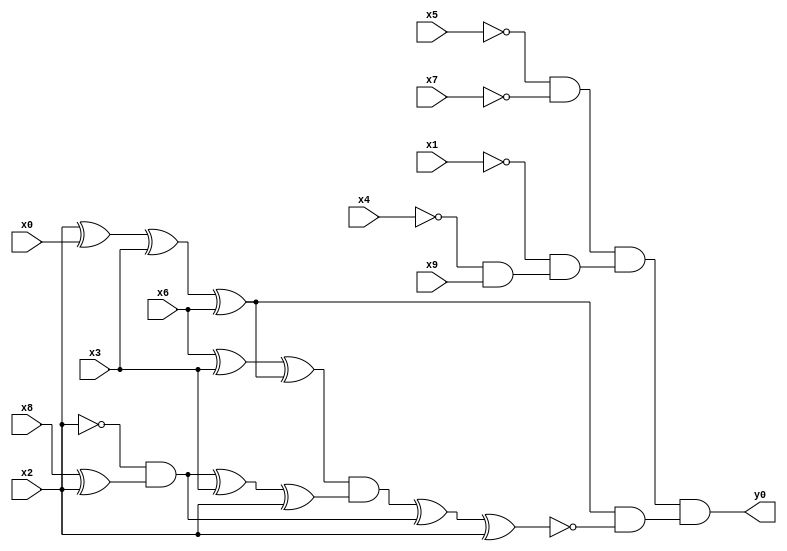
module top( x0 , x1 , x2 , x3 , x4 , x5 , x6 , x7 , x8 , x9 , y0 );
  input x0 , x1 , x2 , x3 , x4 , x5 , x6 , x7 , x8 , x9 ;
  output y0 ;
  wire n11 , n12 , n13 , n14 , n15 , n16 , n17 , n18 , n19 , n20 , n21 , n22 , n23 , n24 , n25 , n26 , n27 , n28 ;
  assign n11 = ~x5 & ~x7 ;
  assign n12 = ~x4 & x9 ;
  assign n13 = ~x1 & n12 ;
  assign n14 = n11 & n13 ;
  assign n15 = x2 ^ x0 ;
  assign n16 = n15 ^ x3 ;
  assign n17 = n16 ^ x6 ;
  assign n18 = x6 ^ x3 ;
  assign n19 = n18 ^ n17 ;
  assign n20 = x8 ^ x2 ;
  assign n21 = ~x2 & n20 ;
  assign n22 = n21 ^ x3 ;
  assign n23 = n22 ^ x2 ;
  assign n24 = n19 & n23 ;
  assign n25 = n24 ^ n21 ;
  assign n26 = n25 ^ x2 ;
  assign n27 = n17 & ~n26 ;
  assign n28 = n14 & n27 ;
  assign y0 = n28 ;
endmodule